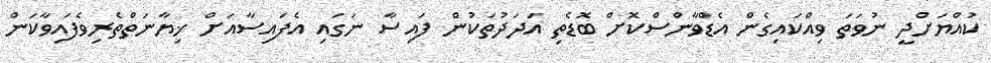
ކުއްޔަށްދީ ނުވަތަ ވިއްކައިގެން އެޑްވާންސްކޮށް ބޮޑެތި އަދަދުތަކުން ފައިސާ ނަގައި އެފައިސާއަށް ޚިޔާނަތްތެރިވެފައިވާކަން